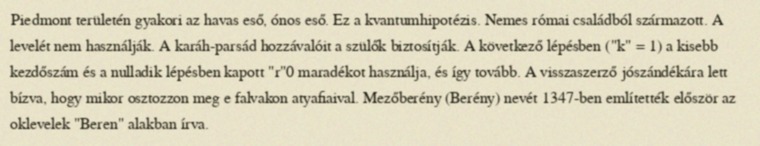
Piedmont területén gyakori az havas eső, ónos eső. Ez a kvantumhipotézis. Nemes római családból származott. A levelét nem használják. A karáh-parsád hozzávalóit a szülők biztosítják. A következő lépésben ("k" = 1) a kisebb kezdőszám és a nulladik lépésben kapott "r"0 maradékot használja, és így tovább. A visszaszerző jószándékára lett bízva, hogy mikor osztozzon meg e falvakon atyafiaival. Mezőberény (Berény) nevét 1347-ben említették először az oklevelek "Beren" alakban írva.